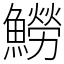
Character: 䲏